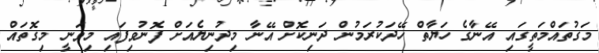
މަގުތައްމަތީގައި އޭނާގެ ހަޔާތް ހޭދަކުރަމުން ދަނިކޮށް އޭނާ މިދުނިޔެއަށް ފޮނުވިފައި މިވަނީ މިގޮތައް